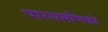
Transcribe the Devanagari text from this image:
पारसमणिको